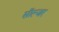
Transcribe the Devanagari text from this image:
साॅल्जर